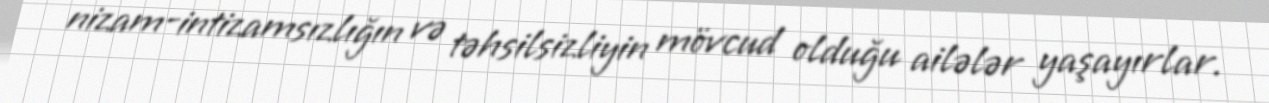
nizam-intizamsızlığın və təhsilsizliyin mövcud olduğu ailələr yaşayırlar.